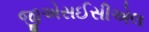
જીએસઈસીએલ